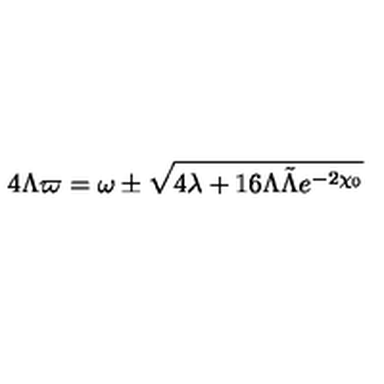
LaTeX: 4 \Lambda \varpi = \omega \pm \sqrt { 4 \lambda + 1 6 \Lambda \tilde { \Lambda } e ^ { - 2 \chi _ { 0 } } }